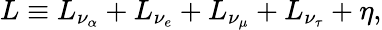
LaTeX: L\equiv L_{\nu_{\alpha}}+L_{\nu_{e}}+L_{\nu_{\mu}}+L_{\nu_{\tau}}+\eta,